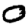
Digit: 0